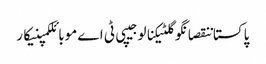
پاکستاننقصانگوگلٹیکنالوجیپی ٹی اےموبائلکمپنیکار